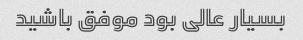
بسیار عالی بود موفق باشید